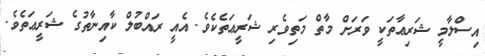
އިސްލާމީ ޝަރިޢާތަކީ ވަރަށް މާތް މަތިވެރި ޝަރީޢަތެކެވެ. އެއީ ރައްބުލް ކާއިނާތުގެ ޝަރީޢަތެވެ.